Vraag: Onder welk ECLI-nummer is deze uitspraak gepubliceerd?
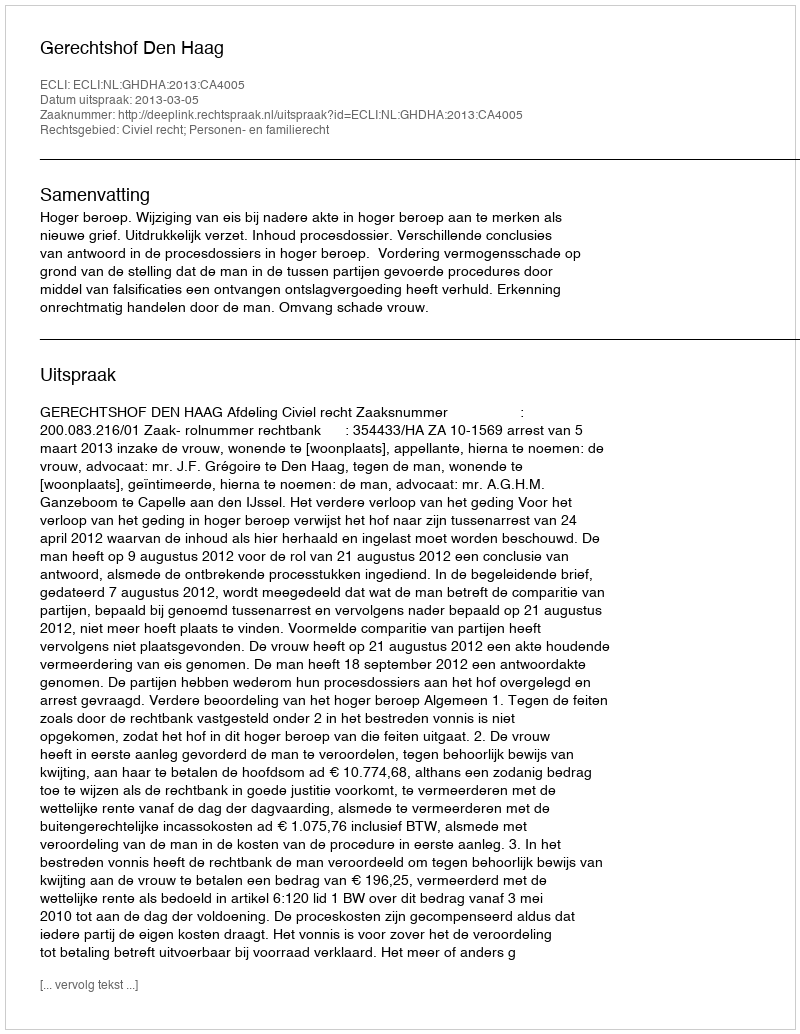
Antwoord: ECLI:NL:GHDHA:2013:CA4005